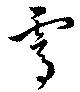
霄